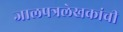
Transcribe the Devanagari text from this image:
जालपत्रलेखकांची